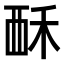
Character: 𫌚